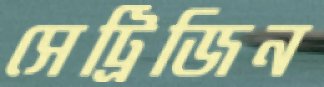
সেট্রিজিন